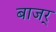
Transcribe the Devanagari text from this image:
बाजर्